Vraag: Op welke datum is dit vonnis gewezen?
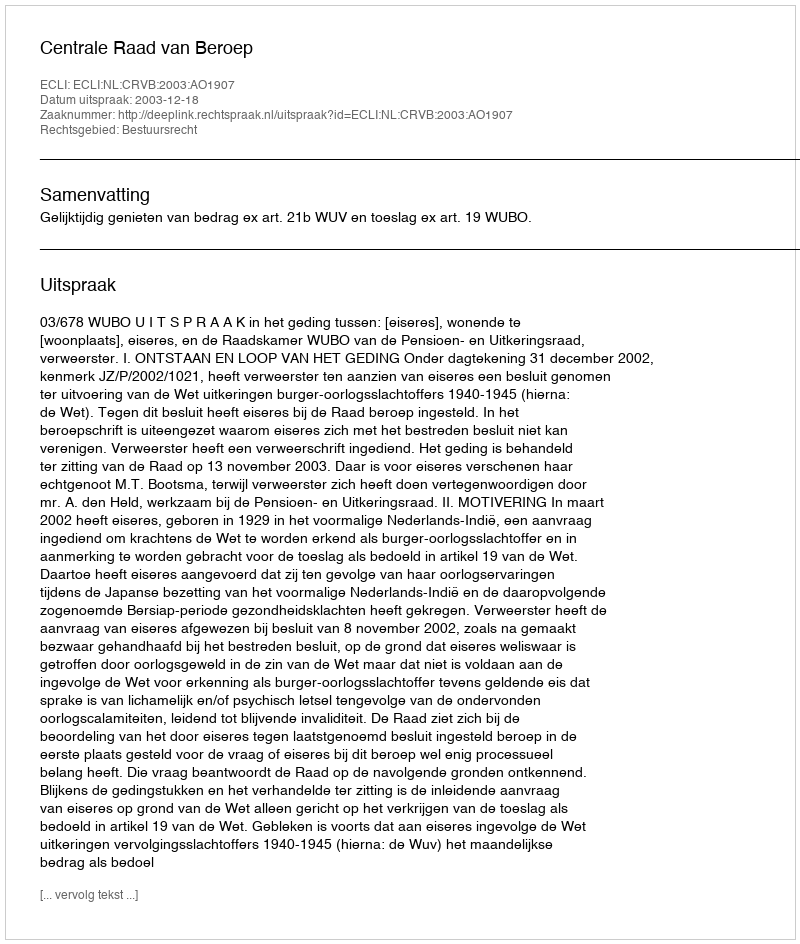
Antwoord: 2003-12-18